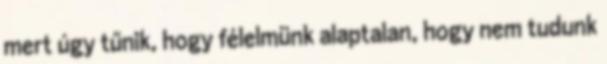
mert úgy tűnik, hogy félelmünk alaptalan, hogy nem tudunk